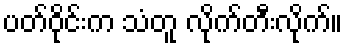
ပတ်ဝိုင်းက သံတူ လိုက်တီးလိုက်။